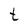
Character: t